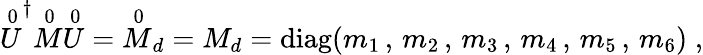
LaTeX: {\stackrel{0}{U}}^{\dagger}{\stackrel{0}{M}}{\stackrel{0}{U}}={\stackrel{0}{M}}_{d}=M_{d}=\mathrm{diag}(m_{1}\, ,\, m_{2}\, ,\, m_{3}\, ,\, m_{4}\, ,\, m_{5}\, ,\, m_{6})\; ,